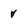
Character: v